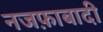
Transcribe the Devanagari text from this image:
नजफ़ाबादी